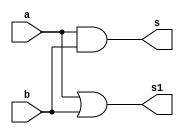
// ------------------------- 
// Exemplo0031 - F4 
// Nome: Ailton Gomes
// -------------------------
// f4_gate
// -------------------------
module f4 (output [3:0] s,output [3:0] s1,
input [3:0] a,
input [3:0] b);
assign s1 = a | b;
assign s = a & b;
// descrever por portas
endmodule // f4
module test_f4;
// ------------------------- definir dados
reg [3:0] x;
reg [3:0] y;
wire [3:0] z;
wire [3:0] r;
f4 modulo (z, r, x, y);
// ------------------------- parte principal
initial begin 
$display("Exemplo0031 - Ailton Gomes - 440092"); 
$display("Test LU's module"); 
x = 4'b0011; y = 4'b0101; 
// projetar testes do modulo 
#1 $display("%3b %3b %3b",x,y,z); 
end 
endmodule // test_f4